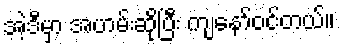
အဲ့ဒီမှာ အဟမ်းဆိုပြီး ကျနော်ဝင်တယ်။